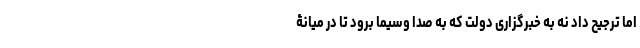
اما ترجیح داد نه به خبرگزاری دولت که به صدا وسیما برود تا در میانۀ